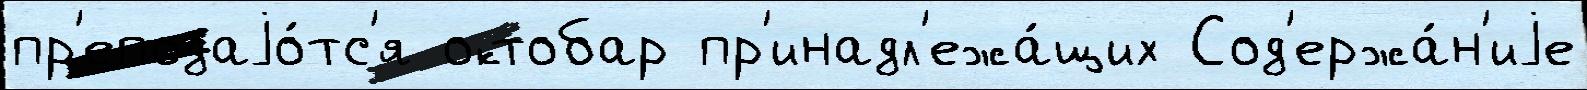
пр'еподаjо́тс'я октобар пр'инадл'ежа́щих Сод'ержа́н'иjе